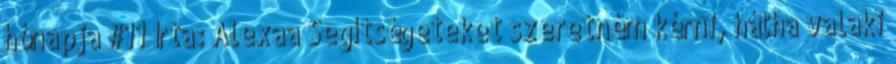
hónapja #11 Írta: Alexaa Segítségeteket szeretném kérni, hátha valaki